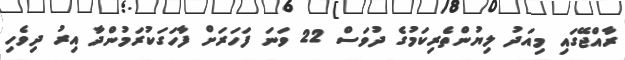
ރާއްޖޭގައި މިއަދު ލިޔުންތެރިކަމުގެ ދުވަސް 22 ވަނަ ފަހަރަށް ފާހަގަކުރަމުންދާ އިރު ދިވެހި